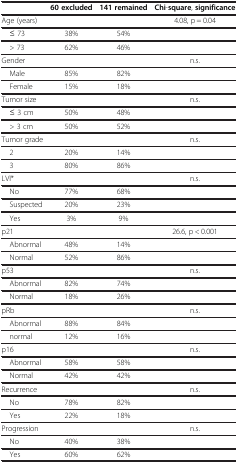
<table><thead><tr><td><b> </b></td><td><b>60 excluded</b></td><td><b>141 remained</b></td><td><b>Chi-square, significance</b></td></tr></thead><tbody><tr><td>Age (years)</td><td> </td><td> </td><td>4.08, p = 0.04</td></tr><tr><td> ≤ 73</td><td>38%</td><td>54%</td><td> </td></tr><tr><td> &gt; 73</td><td>62%</td><td>46%</td><td> </td></tr><tr><td>Gender</td><td> </td><td> </td><td>n.s.</td></tr><tr><td> Male</td><td>85%</td><td>82%</td><td> </td></tr><tr><td> Female</td><td>15%</td><td>18%</td><td> </td></tr><tr><td>Tumor size</td><td> </td><td> </td><td>n.s.</td></tr><tr><td> ≤ 3 cm</td><td>50%</td><td>48%</td><td> </td></tr><tr><td> &gt; 3 cm</td><td>50%</td><td>52%</td><td> </td></tr><tr><td>Tumor grade</td><td> </td><td> </td><td>n.s.</td></tr><tr><td> 2</td><td>20%</td><td>14%</td><td> </td></tr><tr><td> 3</td><td>80%</td><td>86%</td><td> </td></tr><tr><td>LVI*</td><td> </td><td> </td><td>n.s.</td></tr><tr><td> No</td><td>77%</td><td>68%</td><td> </td></tr><tr><td> Suspected</td><td>20%</td><td>23%</td><td> </td></tr><tr><td> Yes</td><td>3%</td><td>9%</td><td> </td></tr><tr><td>p21</td><td> </td><td> </td><td>26.6, p &lt; 0.001</td></tr><tr><td> Abnormal</td><td>48%</td><td>14%</td><td> </td></tr><tr><td> Normal</td><td>52%</td><td>86%</td><td> </td></tr><tr><td>p53</td><td> </td><td> </td><td>n.s.</td></tr><tr><td> Abnormal</td><td>82%</td><td>74%</td><td> </td></tr><tr><td> Normal</td><td>18%</td><td>26%</td><td> </td></tr><tr><td>pRb</td><td> </td><td> </td><td>n.s.</td></tr><tr><td> Abnormal</td><td>88%</td><td>84%</td><td> </td></tr><tr><td> normal</td><td>12%</td><td>16%</td><td> </td></tr><tr><td>p16</td><td> </td><td> </td><td>n.s.</td></tr><tr><td> Abnormal</td><td>58%</td><td>58%</td><td> </td></tr><tr><td> Normal</td><td>42%</td><td>42%</td><td> </td></tr><tr><td>Recurrence</td><td> </td><td> </td><td>n.s.</td></tr><tr><td> No</td><td>78%</td><td>82%</td><td> </td></tr><tr><td> Yes</td><td>22%</td><td>18%</td><td> </td></tr><tr><td>Progression</td><td> </td><td> </td><td>n.s.</td></tr><tr><td> No</td><td>40%</td><td>38%</td><td> </td></tr><tr><td> Yes</td><td>60%</td><td>62%</td><td> </td></tr></tbody></table>